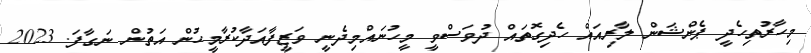
މިހާރުތިހެދީ ޕެންޝަން ލާރިއައް ހެދިގޮތައް ދުވަސްވީ މީހުނައްމިދެނީ ވަޒީފާއަދާކުރާމީހުން އަތުން ނަގާފަ. 2023